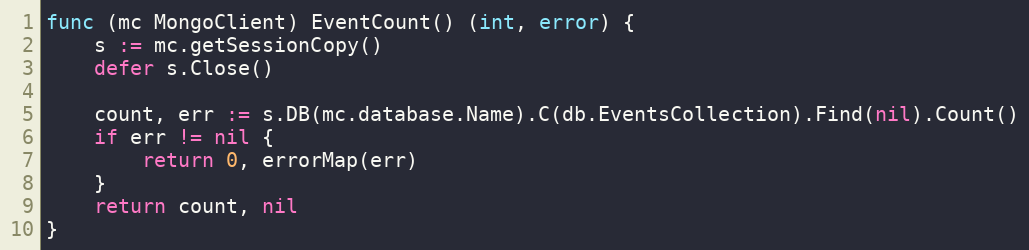
Language: Go
func (mc MongoClient) EventCount() (int, error) {
	s := mc.getSessionCopy()
	defer s.Close()

	count, err := s.DB(mc.database.Name).C(db.EventsCollection).Find(nil).Count()
	if err != nil {
		return 0, errorMap(err)
	}
	return count, nil
}